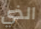
الذي